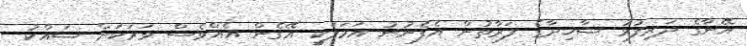
އޭނާގެ ދަރިފުޅު ޝާހިދާގެ ފަރާތުން އެފެނުނު އަމަލަކީ އޭގެން އެއްވެސް ވަރަކަށް ޝައްކު